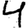
Digit: 4